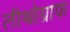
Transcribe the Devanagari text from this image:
लीथोग्राफ